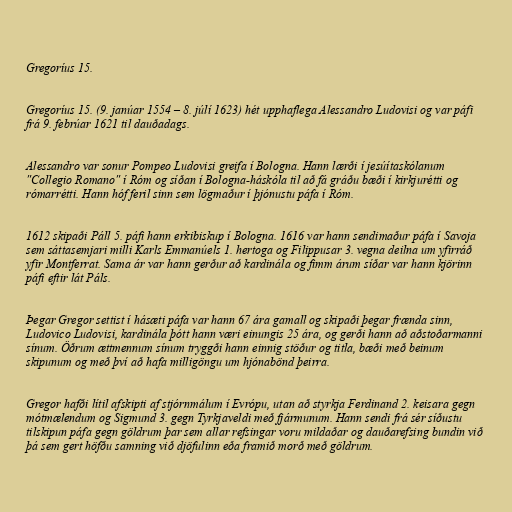
Gregoríus 15.

Gregoríus 15. (9. janúar 1554 – 8. júlí 1623) hét upphaflega Alessandro Ludovisi og var páfi
frá 9. febrúar 1621 til dauðadags.

Alessandro var sonur Pompeo Ludovisi greifa í Bologna. Hann lærði í jesúítaskólanum
"Collegio Romano" í Róm og síðan í Bologna-háskóla til að fá gráðu bæði í kirkjurétti og
rómarrétti. Hann hóf feril sinn sem lögmaður í þjónustu páfa í Róm.

1612 skipaði Páll 5. páfi hann erkibiskup í Bologna. 1616 var hann sendimaður páfa í Savoja
sem sáttasemjari milli Karls Emmanúels 1. hertoga og Filippusar 3. vegna deilna um yfirráð
yfir Montferrat. Sama ár var hann gerður að kardinála og fimm árum síðar var hann kjörinn
páfi eftir lát Páls.

Þegar Gregor settist í hásæti páfa var hann 67 ára gamall og skipaði þegar frænda sinn,
Ludovico Ludovisi, kardinála þótt hann væri einungis 25 ára, og gerði hann að aðstoðarmanni
sínum. Öðrum ættmennum sínum tryggði hann einnig stöður og titla, bæði með beinum
skipunum og með því að hafa milligöngu um hjónabönd þeirra.

Gregor hafði lítil afskipti af stjórnmálum í Evrópu, utan að styrkja Ferdinand 2. keisara gegn
mótmælendum og Sigmund 3. gegn Tyrkjaveldi með fjármunum. Hann sendi frá sér síðustu
tilskipun páfa gegn göldrum þar sem allar refsingar voru mildaðar og dauðarefsing bundin við
þá sem gert höfðu samning við djöfulinn eða framið morð með göldrum.